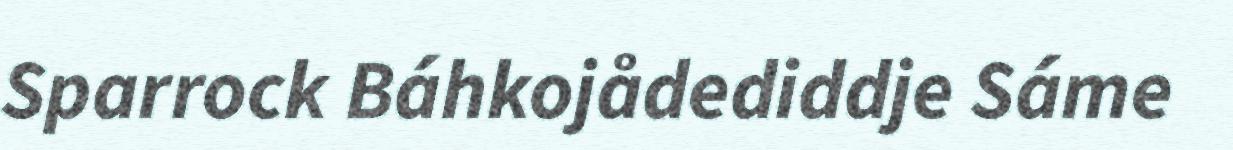
Sparrock Báhkojådediddje Sáme